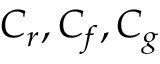
C _ { r } , C _ { f } , C _ { g }